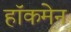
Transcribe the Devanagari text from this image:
हाॅकमेन